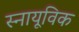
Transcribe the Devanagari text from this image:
स्नायूविक